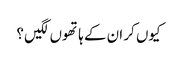
کیوں کر ان کے ہاتھوں لگیں ؟